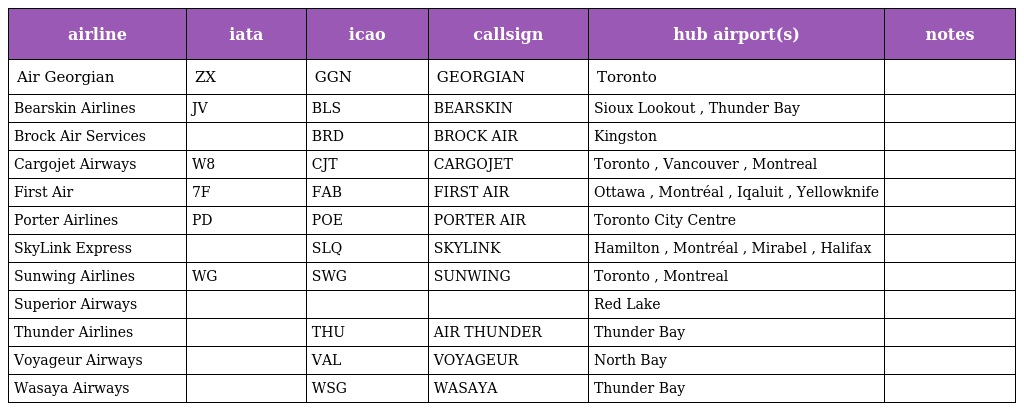
| airline | iata | icao | callsign | hub airport(s) | notes |
 | --- | --- | --- | --- | --- | --- |
 | Air Georgian | ZX | GGN | GEORGIAN | Toronto |  |
 | Bearskin Airlines | JV | BLS | BEARSKIN | Sioux Lookout , Thunder Bay |  |
 | Brock Air Services |  | BRD | BROCK AIR | Kingston |  |
 | Cargojet Airways | W8 | CJT | CARGOJET | Toronto , Vancouver , Montreal |  |
 | First Air | 7F | FAB | FIRST AIR | Ottawa , Montréal , Iqaluit , Yellowknife |  |
 | Porter Airlines | PD | POE | PORTER AIR | Toronto City Centre |  |
 | SkyLink Express |  | SLQ | SKYLINK | Hamilton , Montréal , Mirabel , Halifax |  |
 | Sunwing Airlines | WG | SWG | SUNWING | Toronto , Montreal |  |
 | Superior Airways |  |  |  | Red Lake |  |
 | Thunder Airlines |  | THU | AIR THUNDER | Thunder Bay |  |
 | Voyageur Airways |  | VAL | VOYAGEUR | North Bay |  |
 | Wasaya Airways |  | WSG | WASAYA | Thunder Bay |  |